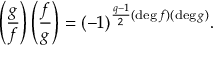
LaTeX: \left( { \frac { g } { f } } \right) \left( { \frac { f } { g } } \right) = ( - 1 ) ^ { { \frac { q - 1 } { 2 } } ( \deg f ) ( \deg g ) } .